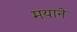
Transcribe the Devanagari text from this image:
मयाने